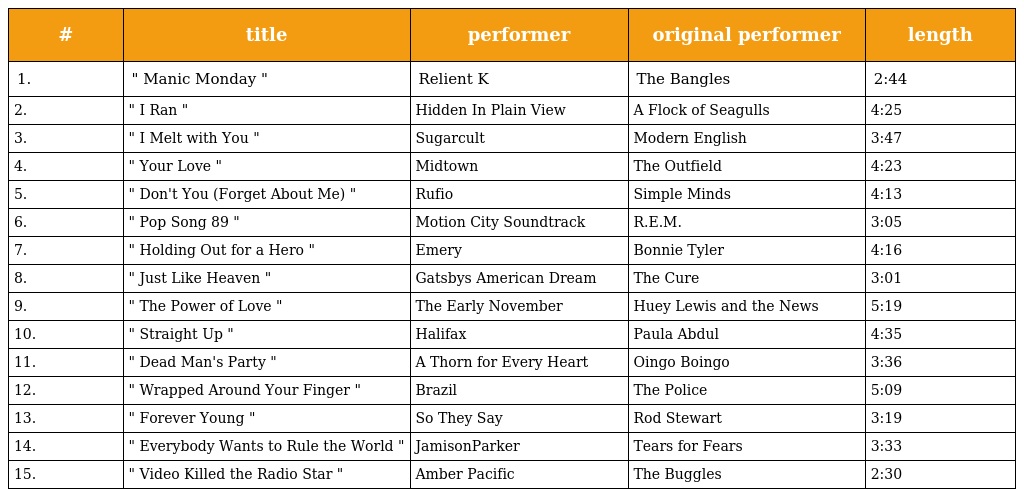
| # | title | performer | original performer | length |
 | --- | --- | --- | --- | --- |
 | 1. | " Manic Monday " | Relient K | The Bangles | 2:44 |
 | 2. | " I Ran " | Hidden In Plain View | A Flock of Seagulls | 4:25 |
 | 3. | " I Melt with You " | Sugarcult | Modern English | 3:47 |
 | 4. | " Your Love " | Midtown | The Outfield | 4:23 |
 | 5. | " Don't You (Forget About Me) " | Rufio | Simple Minds | 4:13 |
 | 6. | " Pop Song 89 " | Motion City Soundtrack | R.E.M. | 3:05 |
 | 7. | " Holding Out for a Hero " | Emery | Bonnie Tyler | 4:16 |
 | 8. | " Just Like Heaven " | Gatsbys American Dream | The Cure | 3:01 |
 | 9. | " The Power of Love " | The Early November | Huey Lewis and the News | 5:19 |
 | 10. | " Straight Up " | Halifax | Paula Abdul | 4:35 |
 | 11. | " Dead Man's Party " | A Thorn for Every Heart | Oingo Boingo | 3:36 |
 | 12. | " Wrapped Around Your Finger " | Brazil | The Police | 5:09 |
 | 13. | " Forever Young " | So They Say | Rod Stewart | 3:19 |
 | 14. | " Everybody Wants to Rule the World " | JamisonParker | Tears for Fears | 3:33 |
 | 15. | " Video Killed the Radio Star " | Amber Pacific | The Buggles | 2:30 |